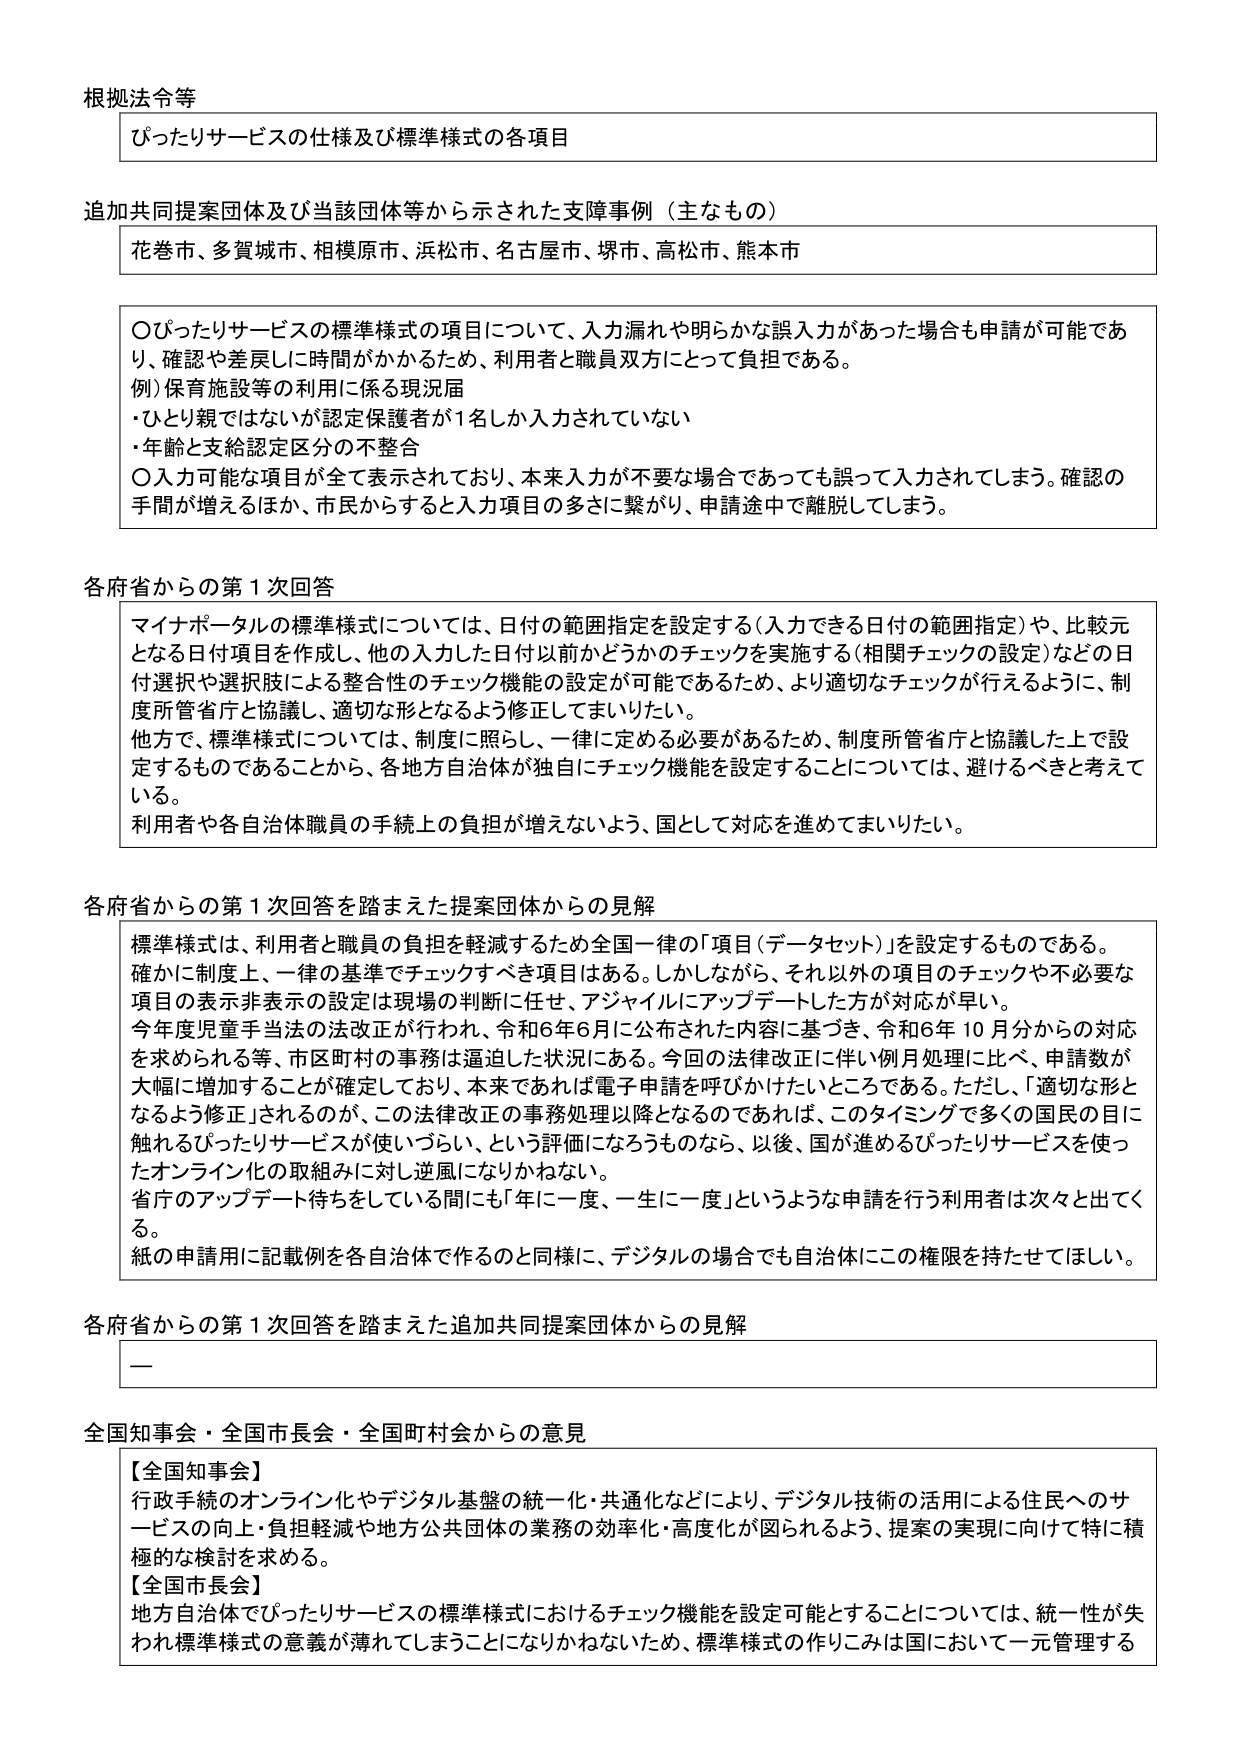
根拠法令等
ぴったりサービスの仕様及び標準様式の各項目

追加共同提案団体及び当該団体等から示された支障事例（主なもの）
花巻市、多賀城市、相模原市、浜松市、名古屋市、堺市、高松市、熊本市

〇ぴったりサービスの標準様式の項目について、入力漏れや明らかな誤入力があった場合も申請が可能であり、確認や差戻しに時間がかかるため、利用者と職員双方にとって負担である。
例）保育施設等の利用に係る現況届
・ひとり親ではないが認定保護者が1名しか入力されていない
・年齢と支給認定区分の不整合
〇入力可能な項目が全て表示されており、本来入力が不要な場合であっても誤って入力されてしまう。確認の手間が増えるほか、市民からすると入力項目の多さに繋がり、申請途中で離脱してしまう。

各府省からの第1次回答
マナポータルの標準様式については、日付の範囲指定を設定する（入力できる日付の範囲指定）や、比較元となる日付項目を作成し、他の入力した日付以前かどうかのチェックを実施する（相関チェックの設定）などの日付選択や選択肢による整合性のチェック機能の設定が可能であるため、より適切なチェックが行えるように、制度所管省庁と協議し、適切な形となるよう修正してまいりたい。
他方で、標準様式については、制度に照らし、一律に定める必要があるため、制度所管省庁と協議した上で設定するものであることから、各地方自治体が独自にチェック機能を設定することについては、避けるべきと考えている。
利用者や各自治体職員の手続上の負担が増えないよう、国として対応を進めてまいりたい。

各府省からの第1次回答を踏まえた提案団体からの見解
標準様式は、利用者と職員の負担を軽減するため全国一律の「項目（データセット）」を設定するものである。
確かに制度上、一律の基準でチェックすべき項目はある。しかしながら、それ以外の項目のチェックや不必要な項目の表示非表示の設定は現場の判断に任せ、アジャイルにアップデートした方が対応が早い。
今年度児童手当法の法改正が行われ、令和6年6月に公布された内容に基づき、令和6年10月分からの対応を求められる等、市区町村の事務は逼迫した状況にある。今回の法律改正に伴い例月処理に比べ、申請数が大幅に増加することが確認しており、本来であれば電子申請を呼びかけたいところである。ただし、「適切な形となるよう修正」されるのが、この法律改正の事務処理以降となるのであれば、このタイミングで多くの国民の目に触れるぴったりサービスが使いづらい、という評価になろうものなら、以後、国が進めるぴったりサービスを使ったオンライン化の取組みに対し逆風になりかねない。
省庁のアップデート待ちをしている間にも「年に一度、一生に一度」というような申請を行う利用者は次々と出てくる。
紙の申請用に記載例を各自治体で作るのと同様に、デジタルの場合でも自治体にこの権限を持たせてほしい。

各府省からの第1次回答を踏まえた追加共同提案団体からの見解
ー

全国知事会・全国市長会・全国町村会からの意見
【全国知事会】
行政手続のオンライン化やデジタル基盤の統一・共通化などにより、デジタル技術の活用による住民へのサービスの向上・負担軽減や地方公共団体の業務の効率化・高度化が図られるよう、提案の実現に向けて特に積極的な検討を求める。
【全国市長会】
地方自治体でぴったりサービスの標準様式におけるチェック機能を設定可能とすることについては、統一性が失われ標準様式の意義が薄れてしまうことになりかねないため、標準様式の作りこみは国において一元管理する